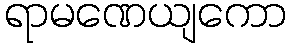
ရာမဏေယျကော